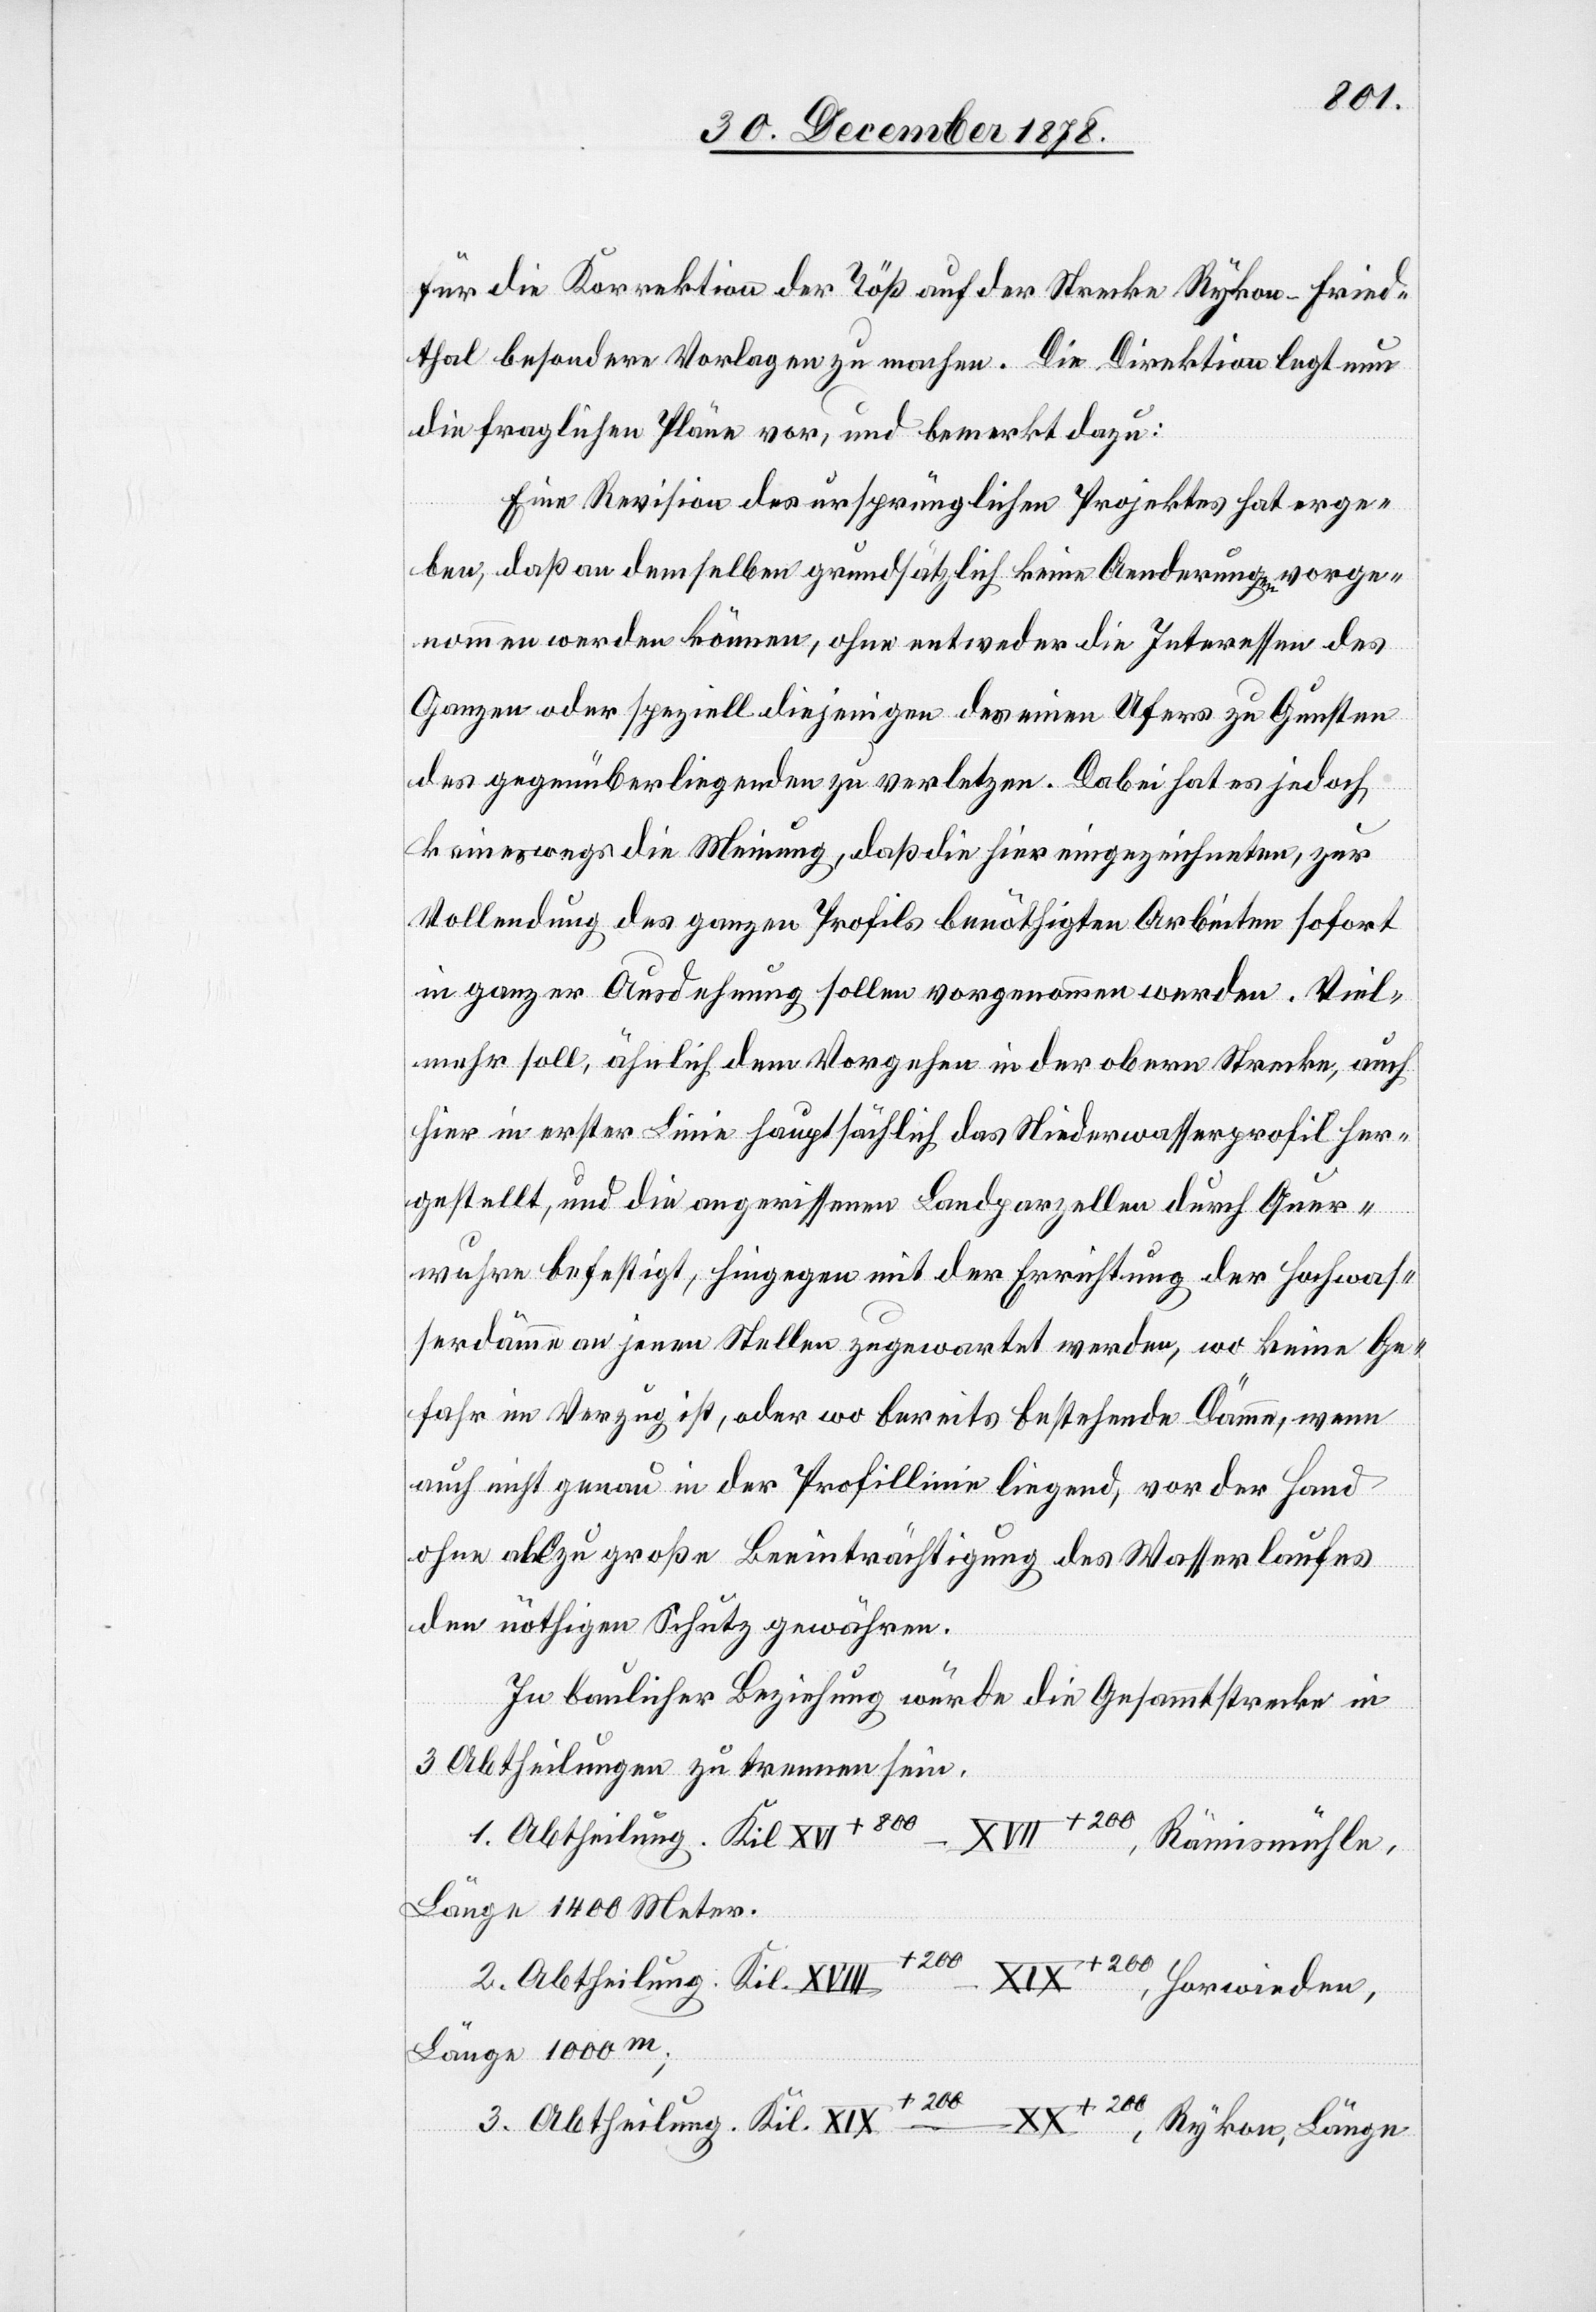
für die Korrektion der Töß auf der Strecke Rykon–Fried¬
thal besondere Vorlagen zu machen. Die Direktion legt nun
die fraglichen Pläne vor, und bemerkt dazu:
Eine Revision des ursprünglichen Projektes hat erge¬
ben, daß an demselben grundsätzlich keine Aenderungen vorge¬
nommen werden können, ohne entweder die Interessen des
Ganzen oder speziell diejenigen des einen Ufers zu Gunsten
des gegenüberliegenden zu verletzen. Dabei hat es jedoch
keineswegs die Meinung, daß die hier eingezeichneten, zur
Vollendung des ganzen Profils benöthigten Arbeiten sofort
in ganzer Ausdehnung sollen vorgenommen werden. Viel¬
mehr soll, ähnlich dem Vorgehen in der obern Strecke, auch
hier in erster Linie hauptsächlich das Niederwasserprofil her¬
gestellt, und die angerissene Landparzelle durch Quer¬
wuhre befestigt, hingegen mit der Errichtung der Hochwas¬
serdämme an jenen Stellen zugewartet werden, wo keine Ge¬
fahr im Verzug ist, oder wo bereits bestehende Dämme, wenn
auch nicht genau in der Profillinie liegend, vor der Hand
ohne allzu große Beeinträchtigung des Wasserlaufes
–
den nöthigen Schutz gewähren.
In baulicher Beziehung würde die Gesammtstrecke in
3 Abtheilungen zu trennen sein.
I+800
1. Abtheilung. Kil XV¬
Rämismühle,
Länge 1400 Meter.
2. Abtheilung. Kil XVIII+200 – XIX+200, Horwieden,
Länge 1000m;
3. Abtheilung. Kil XIX+200 – XX+200, Rykon, Länge